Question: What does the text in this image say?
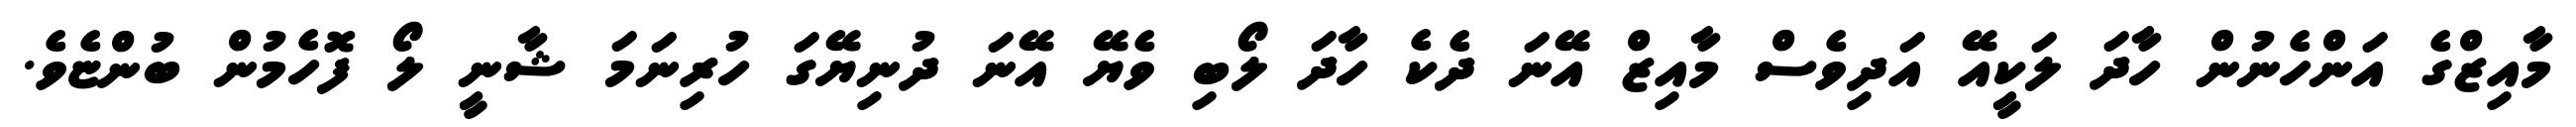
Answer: މާއިޒްގެ އަންހެނުން ހާދަ ލަކީއޭ އަދިވެސް މާއިޒް އޭނަ ދެކެ ހާދަ ލޯބި ވެޔޭ އޭނަ ދުނިޔޭގަ ހުރިނަމަ ޝާނީ ލޯ ފޮހެމުން ބުންޏެވެ.